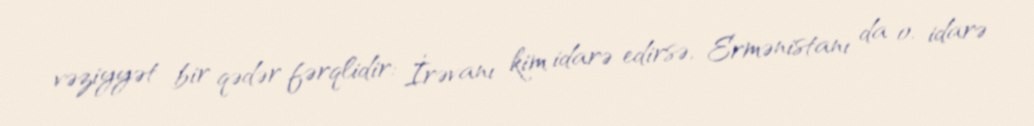
vəziyyət bir qədər fərqlidir: İrəvanı kim idarə edirsə, Ermənistanı da o, idarə